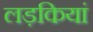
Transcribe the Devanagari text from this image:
लड़कियां